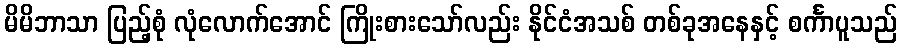
မိမိဘာသာ ပြည့်စုံ လုံလောက်အောင် ကြိုးစားသော်လည်း နိုင်ငံအသစ် တစ်ခုအနေနှင့် စင်္ကာပူသည်